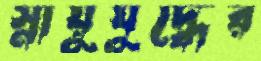
স্নায়ুযুদ্ধের